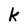
Character: k